Indian journal of veterinary science and animal husbandry - Volume 11,
Year: 1941
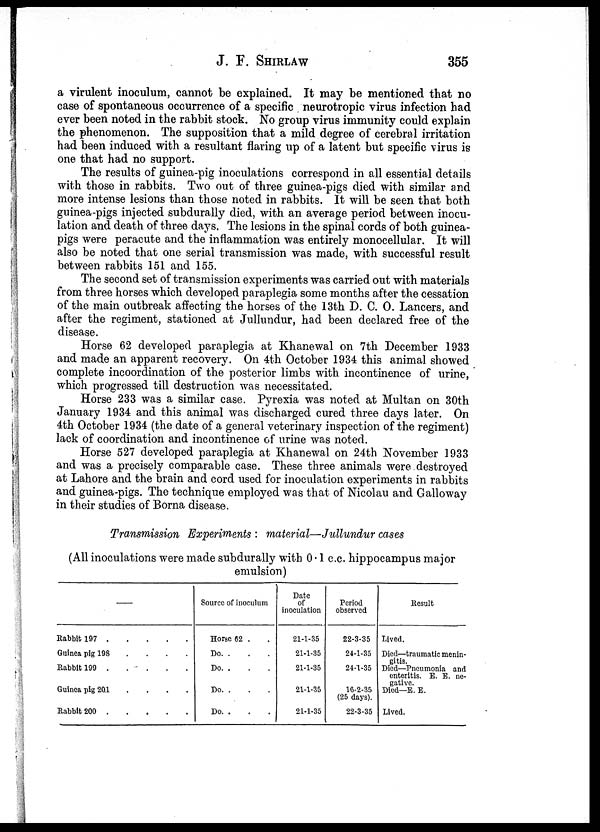
J. F. SHIRLAW 355
a virulent inoculum, cannot be explained. It may be mentioned that no
case of spontaneous occurrence of a specific neurotropic virus infection had
ever been noted in the rabbit stock. No group virus immunity could explain
the phenomenon. The supposition that a mild degree of cerebral irritation
had been induced with a resultant flaring up of a latent but specific virus is
one that had no support.
The results of guinea-pig inoculations correspond in all essential details
with those in rabbits. Two out of three guinea-pigs died with similar and
more intense lesions than those noted in rabbits. It will be seen that both
guinea-pigs injected subdurally died, with an average period between inocu-
lation and death of three days. The lesions in the spinal cords of both guinea-
pigs were peracute and the inflammation was entirely monocellular. It will
also be noted that one serial transmission was made, with successful result
between rabbits 151 and 155.
The second set of transmission experiments was carried out with materials
from three horses which developed paraplegia some months after the cessation
of the main outbreak affecting the horses of the 13th D. C. O. Lancers, and
after the regiment, stationed at Jullundur, had been declared free of the
disease.
Horse 62 developed paraplegia at Khanewal on 7th December 1933
and made an apparent recovery. On 4th October 1934 this animal showed
complete incoordination of the posterior limbs with incontinence of urine,
which progressed till destruction was necessitated.
Horse 233 was a similar case. Pyrexia was noted at Multan on 30th
January 1934 and this animal was discharged cured three days later. On
4th October 1934 (the date of a general veterinary inspection of the regiment)
lack of coordination and incontinence of urine was noted.
Horse 527 developed paraplegia at Khanewal on 24th November 1933
and was a precisely comparable case. These three animals were destroyed
at Lahore and the brain and cord used for inoculation experiments in rabbits
and guinea-pigs. The technique employed was that of Nicolau and Galloway
in their studies of Borna disease.
Transmission Experiments : material—Jullundur cases
(All inoculations were made subdurally with 0.1 c.c. hippocampus major
emulsion)
—
Rabbit 197 . . . . .
Guinea pig 198 . . . . .
Rabbit 199
.
.
.
.
.
Guinea pig 201
.
.
.
.
.
Rabbit 200
.
.
.
.
.
Source of inoculum
Horse 62 . .
Do. . .
Do. . .
Do. . .
Do. . .
Date
of
inoculation
21-1-35
21-1-35
21-1-35
21-1-35
21-1-35
Period
observed
22-3-35
24-1-35
24-1-35
16-2-35
(25 days).
22-3-35
Result
Lived.
Died—traumatic menin-
gitis
Died—Pneumonia and
enteritis. E. E. ne-
gative.
Died—E. E.
Lived.